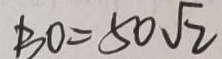
8 0 = 5 0 \sqrt { 2 }